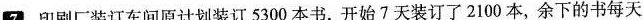
7 印刷厂装订车间原计划装订5300本书，开始7天装订了2100本，余下的书每天